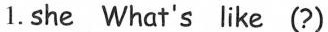
)1.she What's like (?)